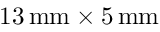
1 3 \, \mathrm { m m } \times 5 \, \mathrm { m m }